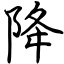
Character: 降